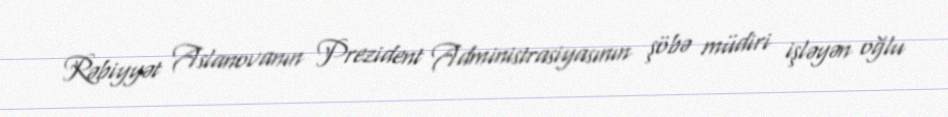
Rəbiyyət Aslanovanın Prezident Administrasiyasının şöbə müdiri işləyən oğlu